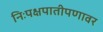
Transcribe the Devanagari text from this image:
निःपक्षपातीपणावर